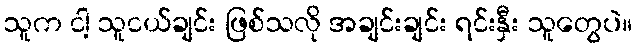
သူက ငါ့ သူငယ်ချင်း ဖြစ်သလို အချင်းချင်း ရင်းနှီး သူတွေပဲ။